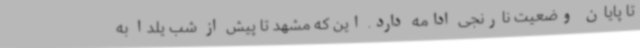
تا پایان وضعیت نارنجی ادامه دارد. این که مشهد تا پیش از شب یلدا به